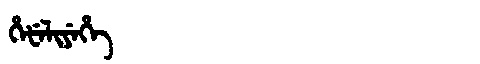
Manchu: ᡥᡝᡶᡝᠯᡳᠶᡝᡥᡝ
Romanization: HEFELIYEHE